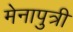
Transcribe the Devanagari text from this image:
मेनापुत्री